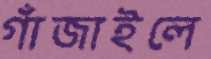
গাঁজাইলে